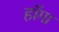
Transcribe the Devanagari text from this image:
हॉगा